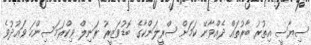
ސިޔާސީ އިތުރު ބާރުތައް ދެއްވާނޭ ކަމަށް ސްރީލަންކާގެ ބޮޑުވަޒީރު ރަނިލް ވިކްރަމަސިންހަ ވަޢުދުވެ